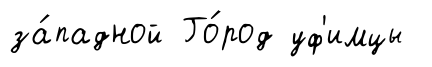
за́падной Го́род уф'имцы